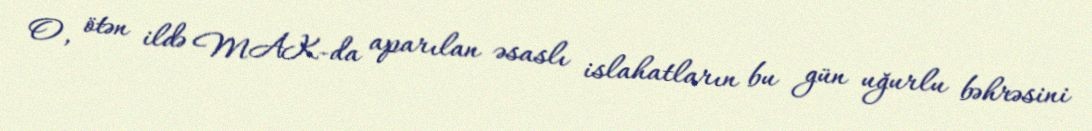
O, ötən ildə MAK-da aparılan əsaslı islahatların bu gün uğurlu bəhrəsini